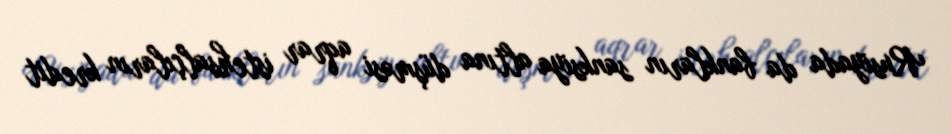
Rusiyada da bankların sanksiya altına düşməsi aqrar istehsalçıların kredit